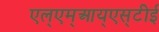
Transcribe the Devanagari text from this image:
एल्‌एम्‌आय्‌एस्‌टीई